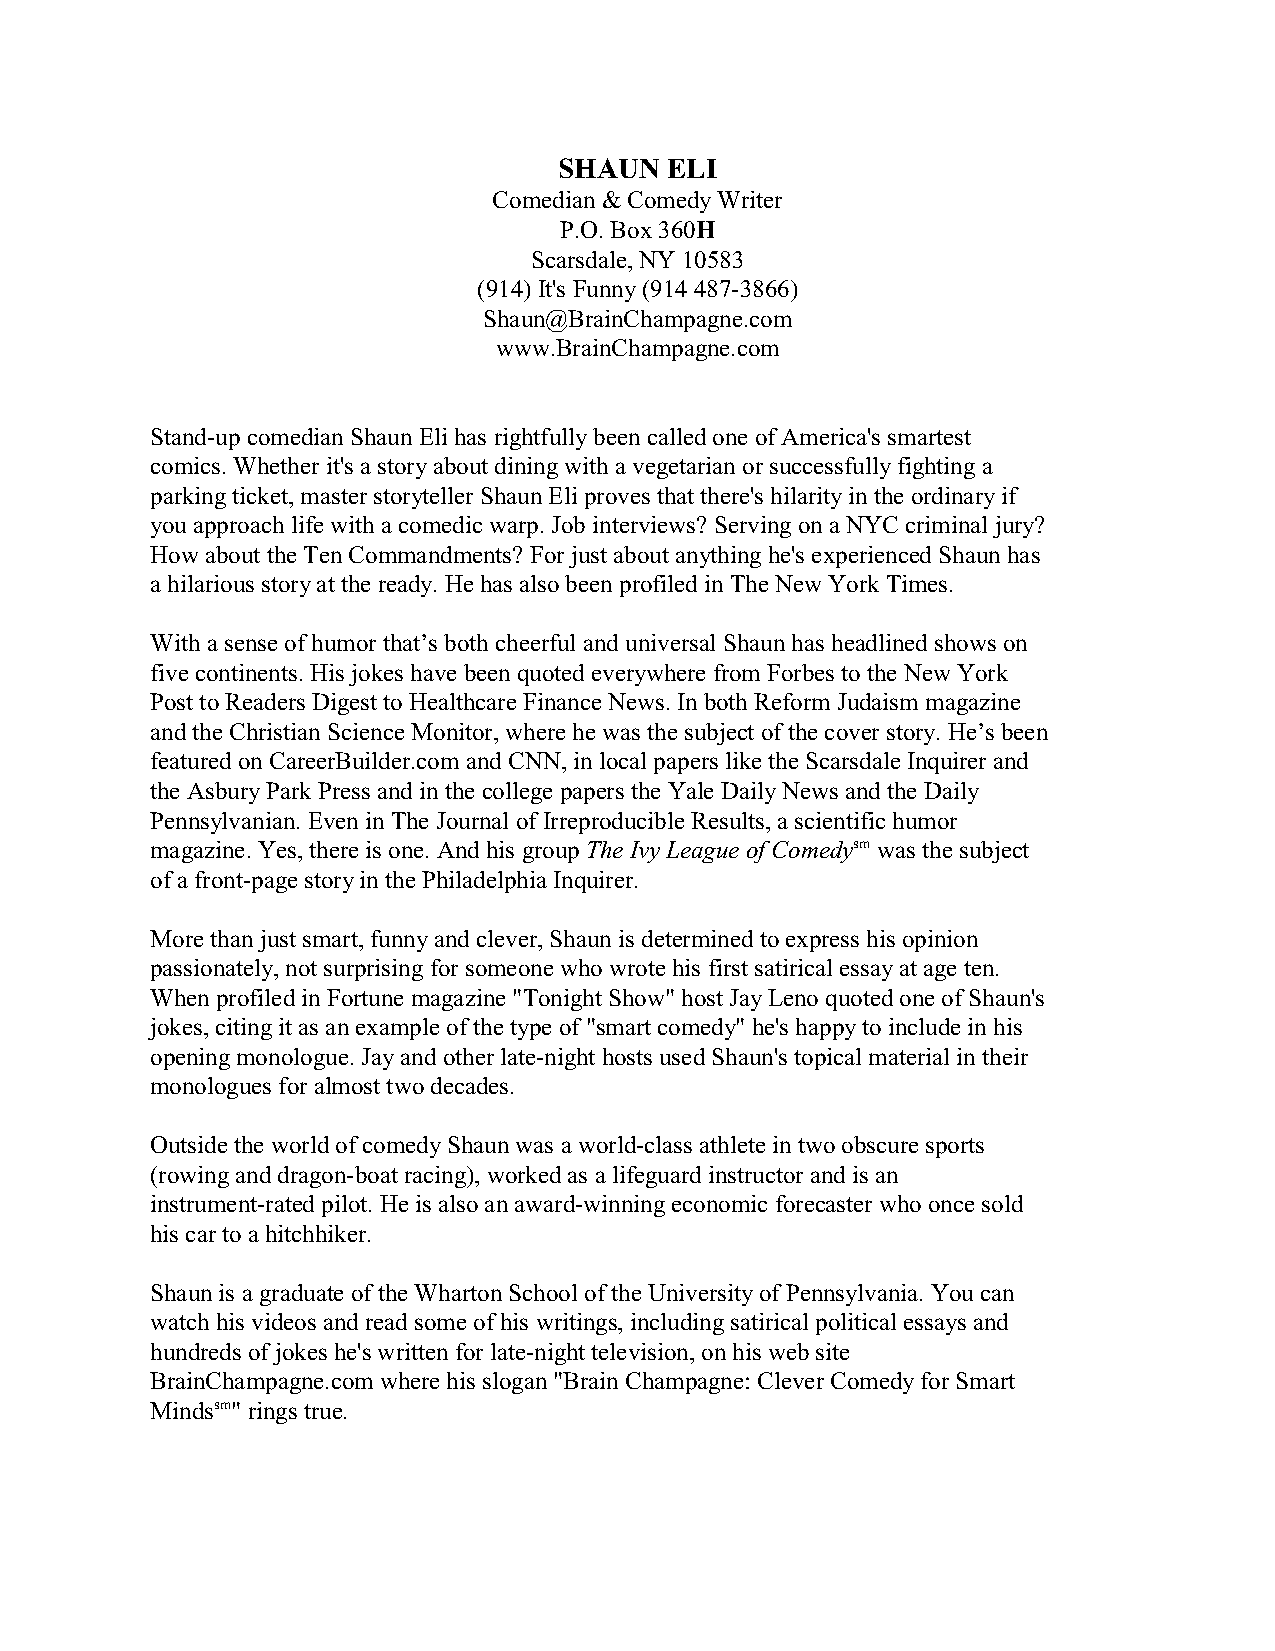
SHAUN  ELI
 Comedian & Comedy Writer
 P.O. Box 360H
 Scarsdale, NY 10583
 (914) It's Funny (914 487-3866)
 Shaun@BrainChampagne.com
 www.BrainChampagne.com
 Stand-up comedian Shaun Eli has rightfully been called one of America's smartest
 comics. Whether it's a story about dining with a vegetarian or successfully fighting a
 parking ticket, master storyteller Shaun Eli proves that there's hilarity in the ordinary if
 you approach life with a comedic warp. Job interviews? Serving on a NYC criminal jury?
 How about the Ten Commandments? For just about anything he's experienced Shaun has
 a hilarious story at the ready. He has also been profiled in The New York Times.
 With a sense of humor that’s both cheerful and universal Shaun has headlined shows on
 five continents. His jokes have been quoted everywhere from Forbes to the New York
 Post to Readers Digest to Healthcare Finance News. In both Reform Judaism magazine
 and the Christian Science Monitor, where he was the subject of the cover story. He’s been
 featured on CareerBuilder.com and CNN, in local papers like the Scarsdale Inquirer and
 the Asbury Park Press and in the college papers the Yale Daily News and the Daily
 Pennsylvanian. Even in The Journal of Irreproducible Results, a scientific humor
 magazine. Yes, there is one. And his group The Ivy League of Comedysm was the subject
 of a front-page story in the Philadelphia Inquirer.
 More than just smart, funny and clever, Shaun is determined to express his opinion
 passionately, not surprising for someone who wrote his first satirical essay at age ten.
 When profiled in Fortune magazine "Tonight Show" host Jay Leno quoted one of Shaun's
 jokes, citing it as an example of the type of "smart comedy" he's happy to include in his
 opening monologue. Jay and other late-night hosts used Shaun's topical material in their
 monologues for almost two decades.
 Outside the world of comedy Shaun was a world-class athlete in two obscure sports
 (rowing and dragon-boat racing), worked as a lifeguard instructor and is an
 instrument-rated pilot. He is also an award-winning economic forecaster who once sold
 his car to a hitchhiker.
 Shaun is a graduate of the Wharton School of the University of Pennsylvania. You can
 watch his videos and read some of his writings, including satirical political essays and
 hundreds of jokes he's written for late-night television, on his web site
 BrainChampagne.com where his slogan "Brain Champagne: Clever Comedy for Smart
 Mindssm" rings true.